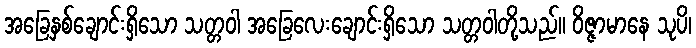
အခြေနှစ်ချောင်းရှိသော သတ္တဝါ အခြေလေးချောင်းရှိသော သတ္တဝါတို့သည်။ ဝိဇ္ဇာမာနေ သုပိ၊